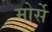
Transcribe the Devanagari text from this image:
मोर्से